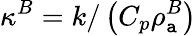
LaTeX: \kappa^{B}=k/\left(C_{p}\rho_{\mathtt{a}}^{B}\right)